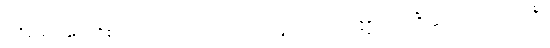
ဒုတိယော၊ နှစ်ခုတို့၏ ပြည့်ကြောင်းဖြစ်သော။ ဝဂ္ဂေါ၊ ဝဂ်သည်။ နိဋ္ဌိတော၊ ပြီးဆုံးခြင်သို့ ရောက်ပြီ။